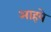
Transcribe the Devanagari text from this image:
आहये